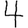
Digit: 4